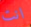
انت